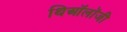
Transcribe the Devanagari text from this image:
थिऑलॉजी